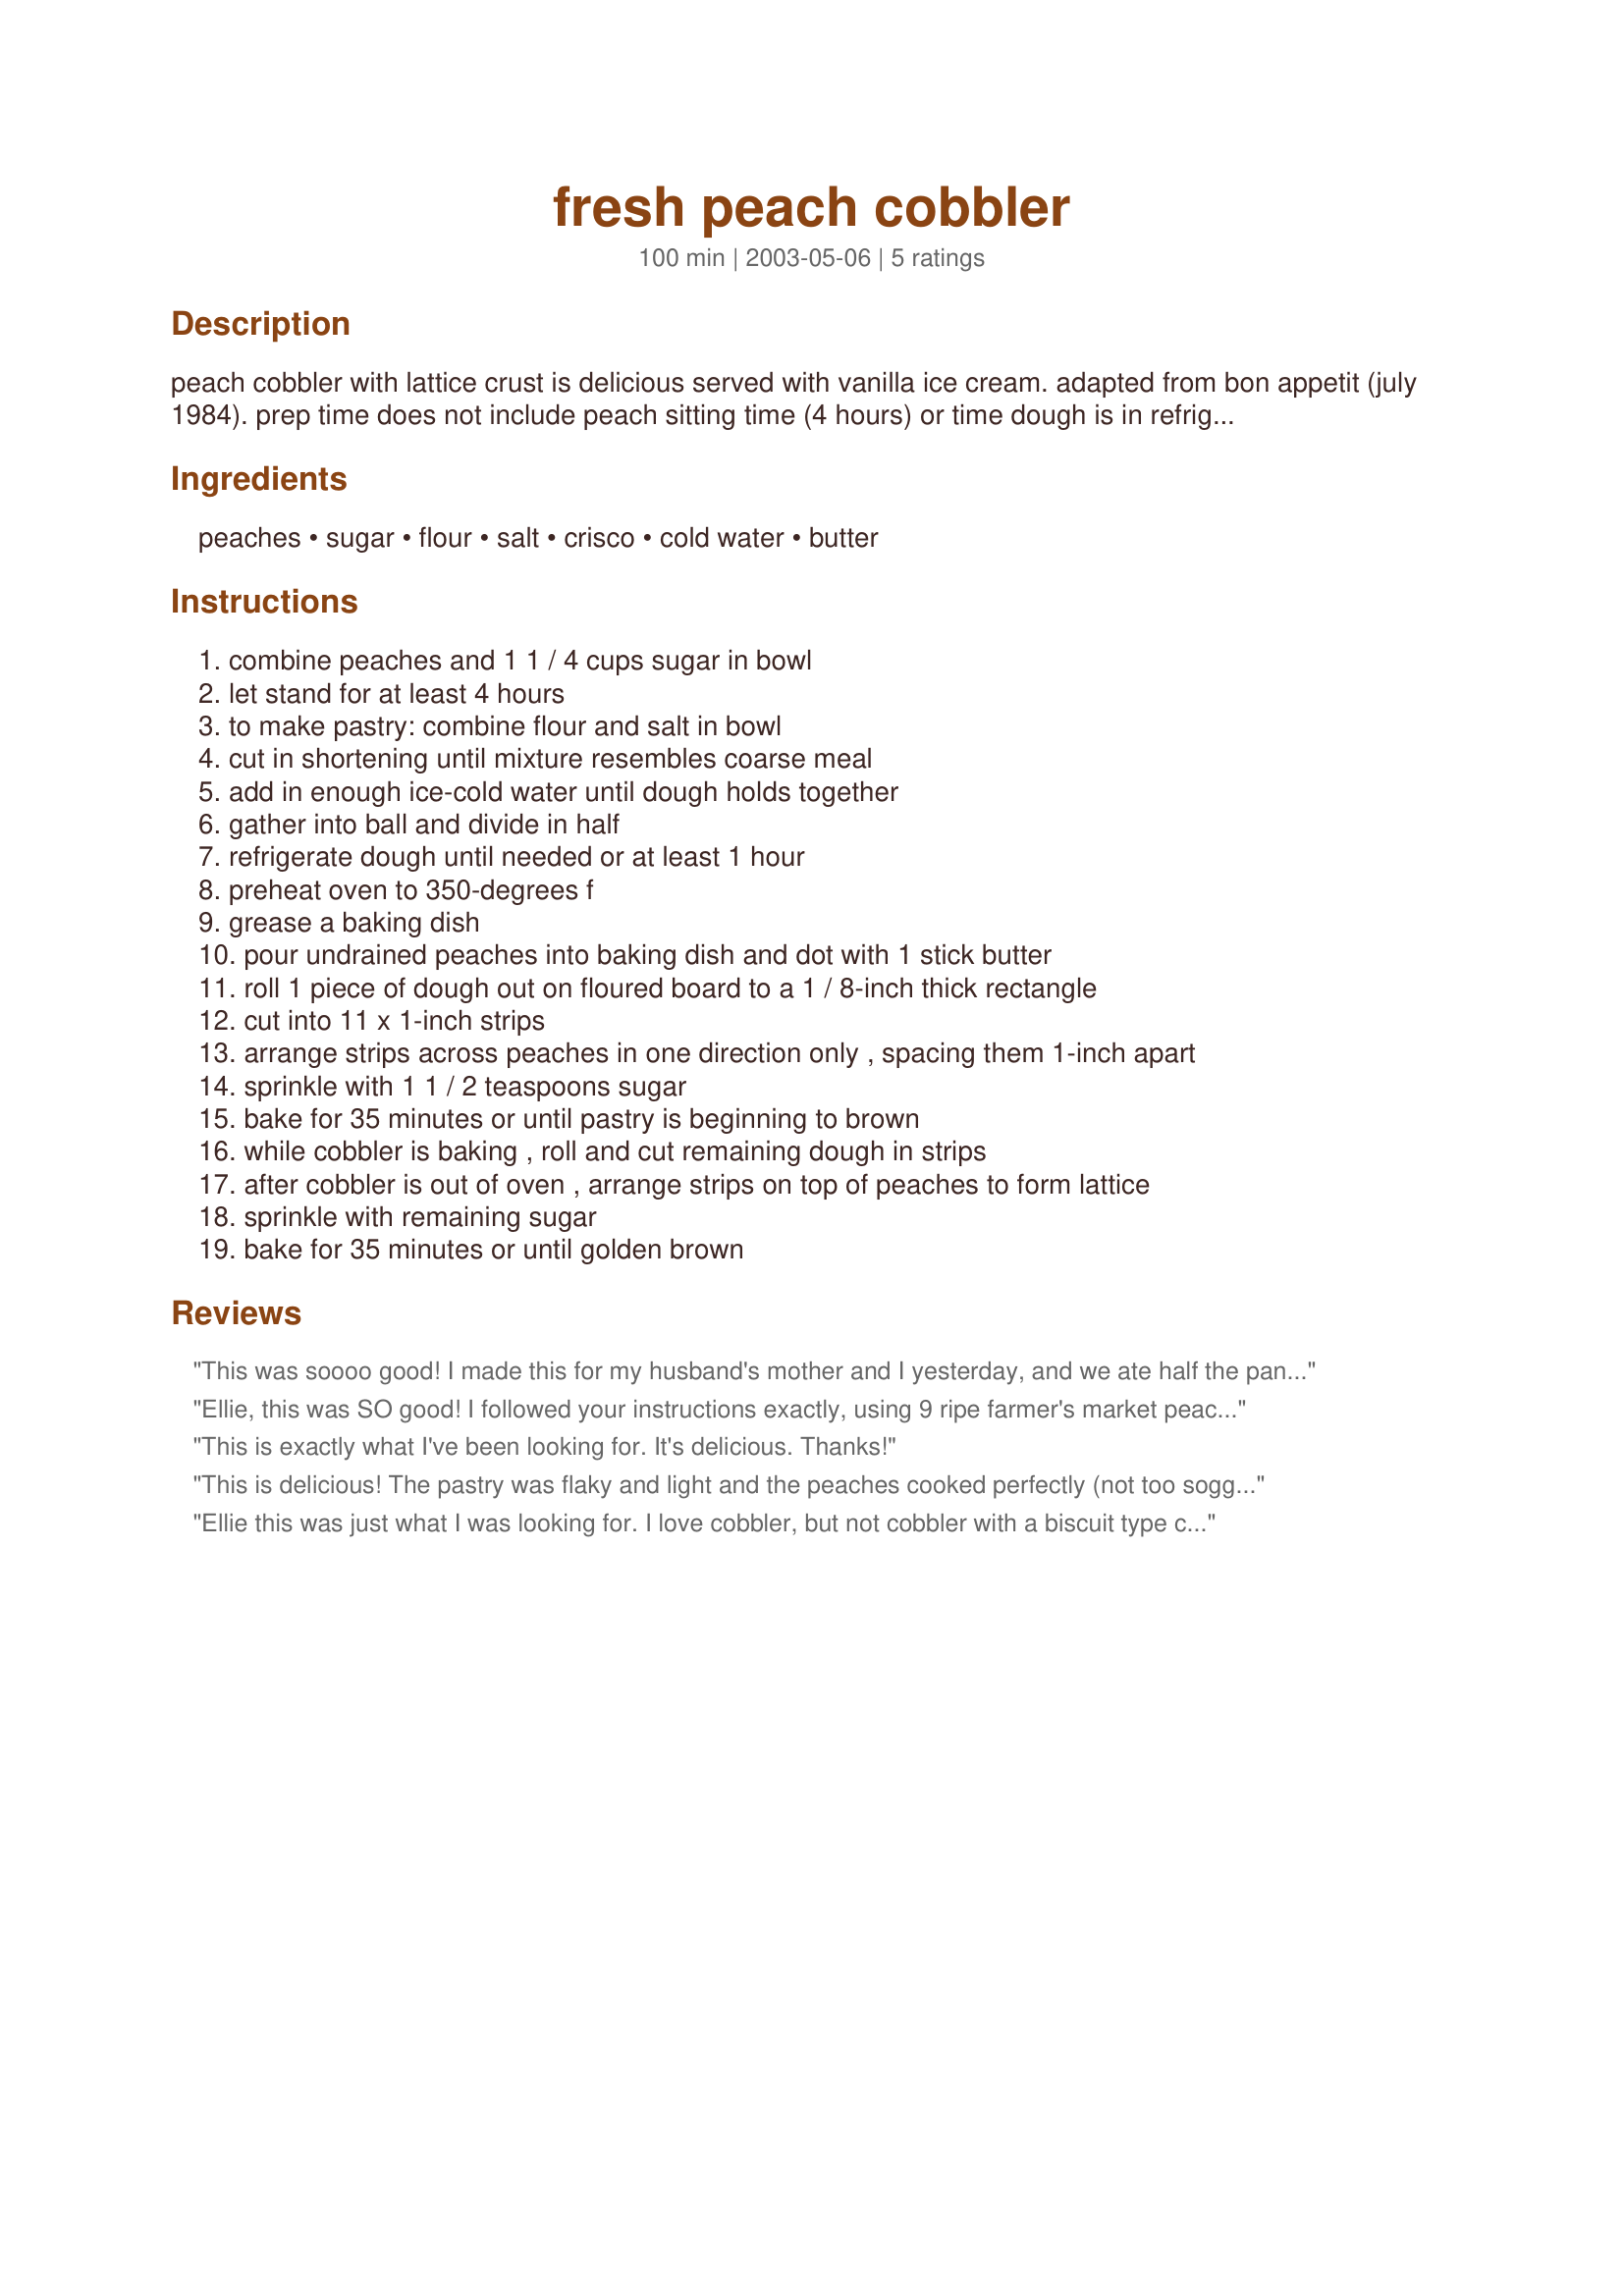
fresh peach cobbler
Preparation time: 100 minutes

peach cobbler with lattice crust is delicious served with vanilla ice cream. adapted from bon appetit (july 1984). prep time does not include peach sitting time (4 hours) or time dough is in refrigerator (1 hour).

Ingredients:
peaches, sugar, flour, salt, crisco, cold water, butter

Steps:
combine peaches and 1 1 / 4 cups sugar in bowl, let stand for at least 4 hours, to make pastry: combine flour and salt in bowl, cut in shortening until mixture resembles coarse meal, add in enough ice-cold water until dough holds together, gather into ball and divide in half, refrigerate dough until needed or at least 1 hour, preheat oven to 350-degrees f, grease a baking dish, pour undrained peaches into baking dish and dot with 1 stick butter, roll 1 piece of dough out on floured board to a 1 / 8-inch thick rectangle, cut into 11 x 1-inch strips, arrange strips across peaches in one direction only , spacing them 1-inch apart, sprinkle with 1 1 / 2 teaspoons sugar, bake for 35 minutes or until pastry is beginning to brown, while cobbler is baking , roll and cut remaining dough in strips, after cobbler is out of oven , arrange strips on top of peaches to form lattice, sprinkle with remaining sugar, bake for 35 minutes or until golden brown

Reviews:
This was soooo good! I made this for my husband's mother and I yesterday, and we ate half the pan before we finally said, "Okay, I think we've had enough." I personally loved the crust; it turned out for me half way like pie crust, and half way like a biscuit topping. This cobbler is something that I would expect at a bakery or resteraut. It was just that good. Thank you for this wonderful recipe, ellie.
Ellie, this was SO good! I followed your instructions exactly, using 9 ripe farmer's market peaches (that weighed out to 3 lbs.). I got a bit nervous after baking the first layer of dough strips because I thought it was too watery, but after putting down the second layer of strips and baking, it thickened up nicely and we had a really nice cobbler! Served with vanilla ice cream and then took a long walk with the dogs. thanks Ellie!
This is exactly what I've been looking for. It's delicious. Thanks!
This is delicious! The pastry was flaky and light and the peaches cooked perfectly (not too soggy) I used 8 peaches and 1 cup sugar with 1/2 tsp. cinnamon added and 2 tbls. flour so it wouldn't be too runny. I put half the pastry on the bottom of the greased pan then the other half laticed on top. Baked for an hour and served with vailla ice cream. YUM! My son had what was leftover (not much!) for breakfast this morning! Thanks a bunch ellie!
Ellie this was just what I was looking for. I love cobbler, but not cobbler with a biscuit type crust(traditional Southern). Will definitely serve this again.
